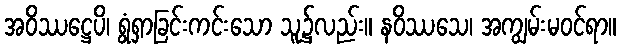
အဝိဿဋ္ဌေပိ၊ ရွံရှာခြင်းကင်းသော သူ၌လည်း။ နဝိဿသေ၊ အကျွမ်းမဝင်ရာ။